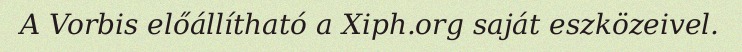
A Vorbis előállítható a Xiph.org saját eszközeivel.